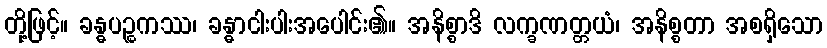
တို့ဖြင့်။ ခန္ဓပဉ္စကဿ၊ ခန္ဓာငါးပါးအပေါင်း၏။ အနိစ္စာဒိ လက္ခဏတ္တယံ၊ အနိစ္စတာ အစရှိသော